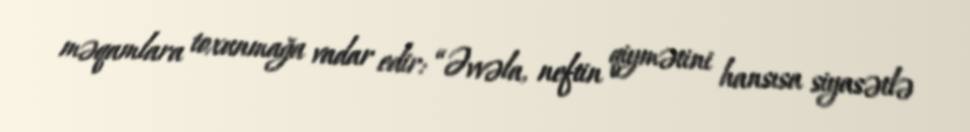
məqamlara toxunmağa vadar edir: “Əvvəla, neftin qiymətini hansısa siyasətlə